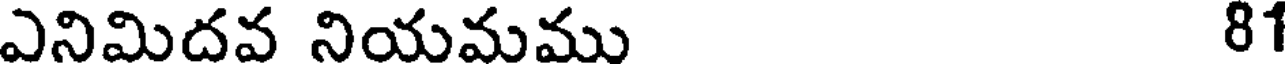
ఎనిమిదవ నియమము 81